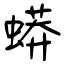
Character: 蟒